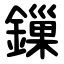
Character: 鏁